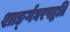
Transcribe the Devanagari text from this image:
शाङ्‌र्गघरपद्धति